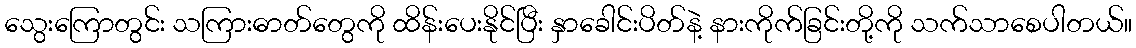
သွေးကြောတွင်း သကြားဓာတ်တွေကို ထိန်းပေးနိုင်ပြီး နှာခေါင်းပိတ်နဲ့ နားကိုက်ခြင်းတို့ကို သက်သာစေပါတယ်။